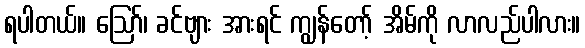
ရပါတယ်။ ဪ၊ ခင်ဗျား အားရင် ကျွန်တော့် အိမ်ကို လာလည်ပါလား။